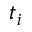
t _ { i }